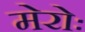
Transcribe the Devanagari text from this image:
मेरोः